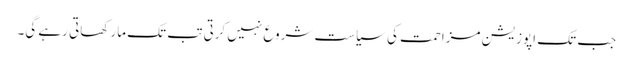
جب تک اپوزیشن مزاحمت کی سیاست شروع نہیں کرتی تب تک مار کھاتی رہے گی۔